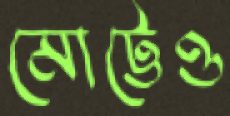
মোট্টেও